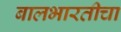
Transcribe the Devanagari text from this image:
बालभारतीचा